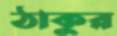
ঠাকুর